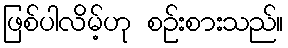
ဖြစ်ပါလိမ့်ဟု စဉ်းစားသည်။